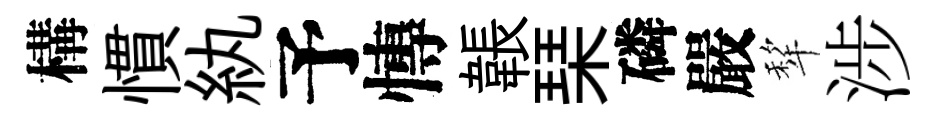
構慣紈予慱韔琹磷嚴犂涉